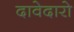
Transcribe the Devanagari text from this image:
दावेदारो